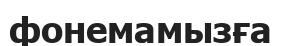
фонемамызға